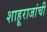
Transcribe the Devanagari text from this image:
शाहूराजांची